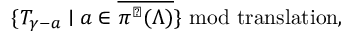
\{ { \cal T } _ { \gamma - a } \mid a \in \overline { { { \pi ^ { \perp } ( \Lambda ) } } } \} \mathrm { \ m o d ~ t r a n s l a t i o n } ,